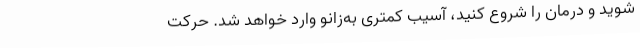
شوید و درمان را شروع کنید، آسیب کمتری به‌زانو وارد خواهد شد. حرکت